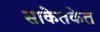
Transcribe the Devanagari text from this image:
साकेतकेत